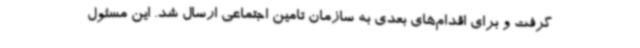
گرفت و برای اقدام‌های بعدی به سازمان تامین اجتماعی ارسال شد. این مسئول